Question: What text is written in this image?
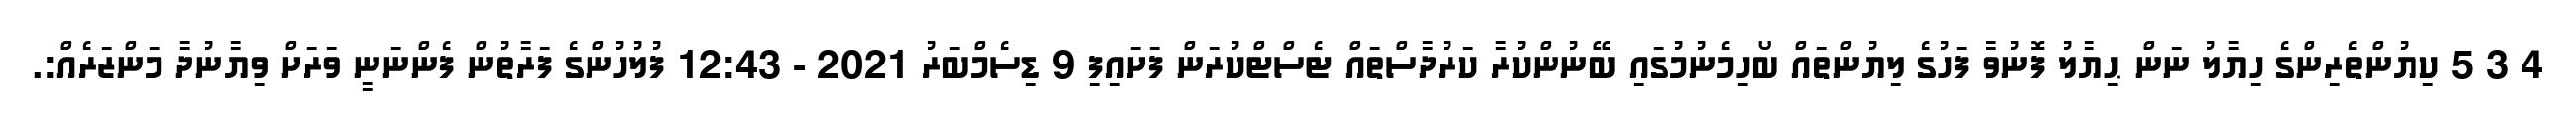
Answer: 4 3 5 ކިޔުންތެރިންގެ ހިޔާލު ނަން ޙިޔާލު ފޮނުވާ ފަހުގެ ލިޔުންތައް ބޯހިމެނުމުގައި ބޭނުންކުރާ ކަރުދާސްތައް ޓެސްޓްކުރަން ފަށައިފި 9 ޑިސެމްބަރު 2021 - 12:43 ފުލުހުންގެ ފަރާތުން ފެންނަނީ ވަރަށް ވިޔާނުދާ މަންޒަރެއް:.